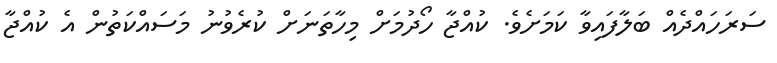
ސަރަހައްދެއް ބަލާފައިވާ ކަމަށެވެ. ކުއްޖާ ހޯދުމަށް މިހާތަނަށް ކުރެވުނު މަސައްކަތުން އެ ކުއްޖާ